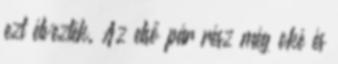
ezt élvezték. Az első pár rész még oké és